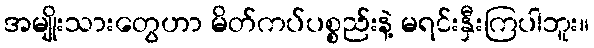
အမျိုးသားတွေဟာ မိတ်ကပ်ပစ္စည်းနဲ့ မရင်းနှီးကြပါဘူး။